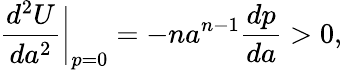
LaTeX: \biggl.\frac{d^{2}U}{da^{2}}\biggr|_{p=0}=-na^{n-1}\frac{dp}{da}>0,